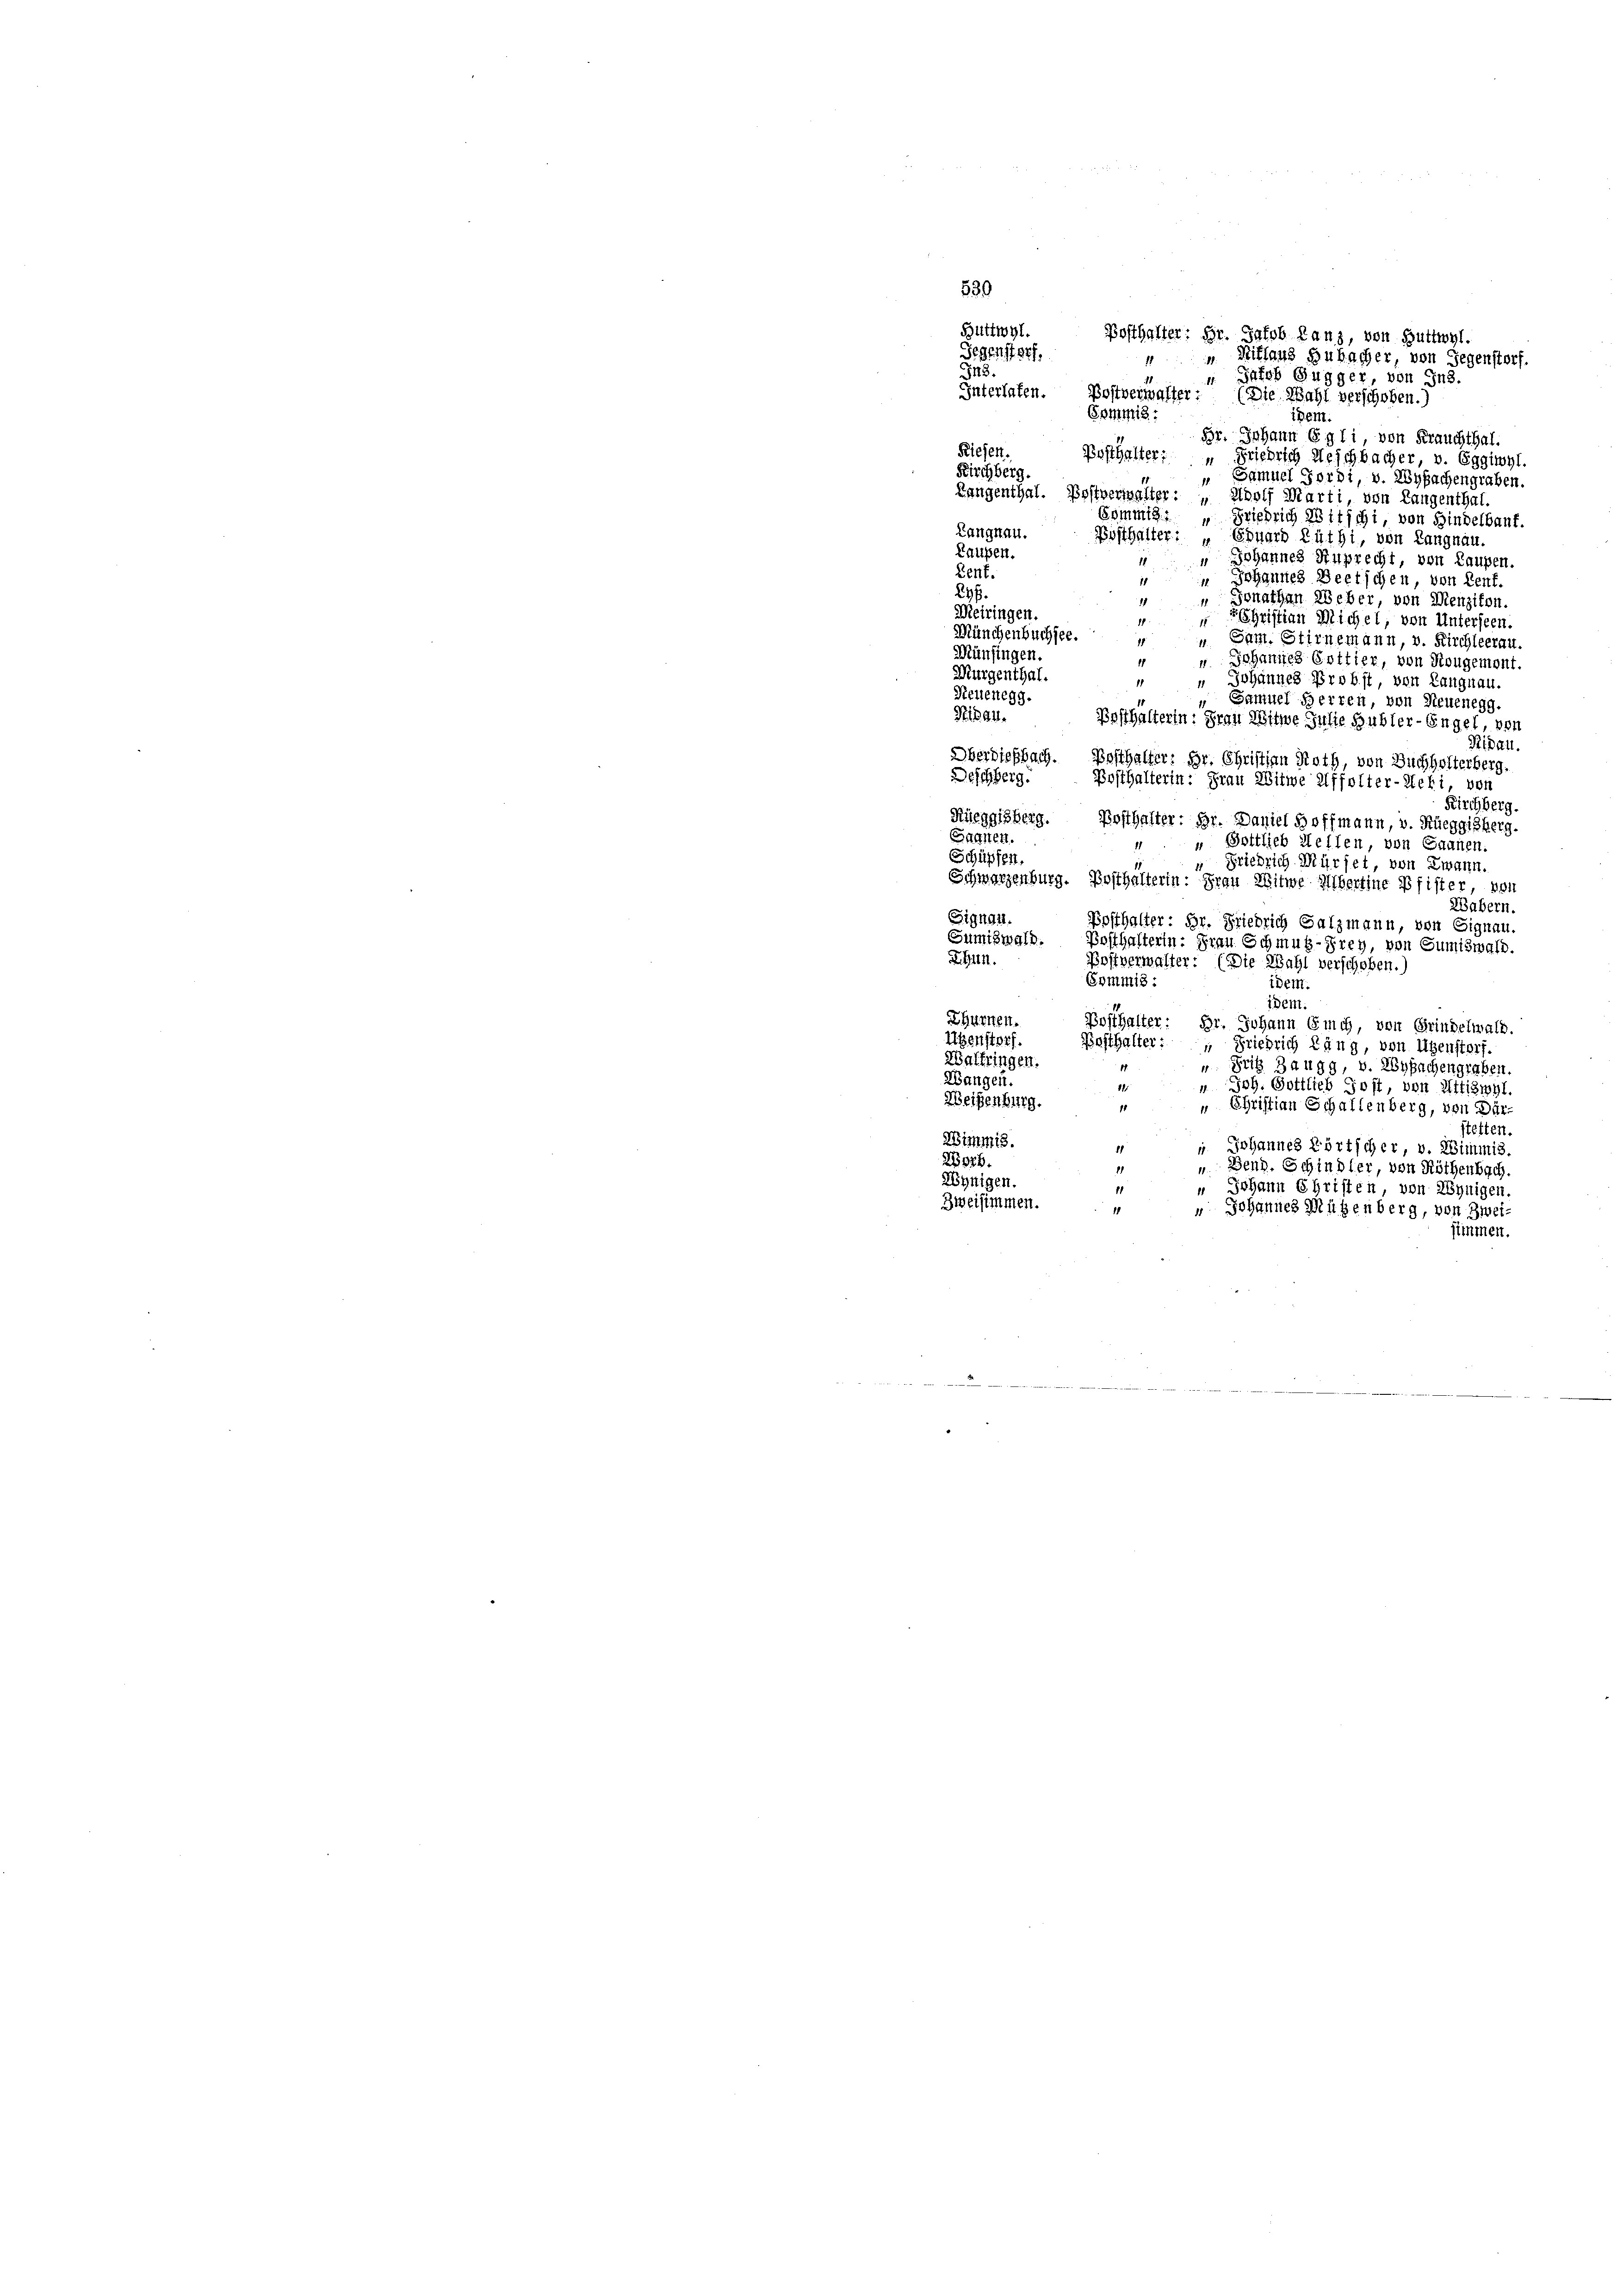
Guttwyt. Posthalter: Hr. Jakob Lanz, von Buttwyl,
Gegenstorf.
E
548.
 Jakob Gugger, von Ins.
Interlafen. Postverwalter: (Die Wahl verschoben.
Commis
ipem.
Br. Johann Egli, von Frauchthal.
Riesen.
Pesthalter: " Friedrich Reichbacher, v. Eggiwyl.
Kirchberg.
Samuel Fordi, v. Wysachengraben.
Langenthal. Postverwalter: „ Adolf Marti, von Langenthal.
Commis. " Friedrich 28itschi, von Hindelbauf
Langnau.
Bosthalter: „ Eduard Lüthi, von Langnau
Laufen.
" Johannes Ruprecht, von Laupen
Bent
 Johannes Beetschen, von Kenf.
Ehf.
„Gonathan Weber, von Menzikon
Meiringen.
Christian Michel, von Unterseen
.
Münchenbuchsee.
 Sam. Stirnemann, v. Kirchleerau.
Münfingen.
" Johannes Gottier, von Rougemont.
Murgenthal.
" Johannes Probst von Lang
Neuenegg.
Samuel Herren, von Neuenegg.
Pikan.
Posthalterin: Frau Witwe Julie Bubler-Engel, von
Ridan
Oberdießbach. Bosthalter: Hr. Christian Roth, von Buchholterbers
Beschberg.
Posthalterin: Frau Witwe Affolter-Heki, von
Birchberg.
Rüeggisberg. Posthafter: Br. Daniel Hoffmann, v. Rüeggisberg
Sachen.
" Gottlieb Wellen, von Saanen
Schüpfen.
“ Friedrich Würfet, von Zwann
Schwarzenburg. Bosthalterin: Frau Witwe Albertine Pfist
881/
Wabern.
Signau.
Posthalter: Hr. Friedrich Salzmann, von Signau.
Sumiswald. Posthalterin: Frau Schmus-Frey, von Sumiswal
Shun.
Postverwalter: (Die Wahl verschehen.
Commis :
idem.
idem
Shumnen. Posthalter: Dr. Johann Euch, von Grindelwald,
Utenstorf. Kosthalter: " Friedrich Lang, von Ugenstorf.
Waltringen.
u Trib Zaugg, v. Wysachengraben
Wangen.
" Joh. Gottlieb Jost, von Attiswyl
Weisenburg.
 Christian Schallenberg, von Dür
1
tetten.
Wimmis.
i Johannes Körtscher, v.
ni3
Worb.
„ Benz. Schindler, von Ri
69
Wenigen.
" Johann Christen, de
Zweisimmen.
" Johannes Mützenberg
11

539

Willaus Zubacher, von Gegenstorf,